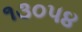
૧૩૦૫૪